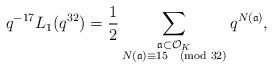
LaTeX: \begin{align*} q^{-17} L_{1}(q^{32}) = \frac{1}{2} \sum_{\substack{\frak{a} \subset \mathcal{O}_{K} \\ N(\frak{a}) \equiv 15 \pmod{32}}} q^{N(\frak{a})},\end{align*}